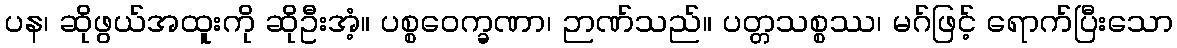
ပန၊ ဆိုဖွယ်အထူးကို ဆိုဦးအံ့။ ပစ္စဝေက္ခဏာ၊ ဉာဏ်သည်။ ပတ္တသစ္စဿ၊ မဂ်ဖြင့် ရောက်ပြီးသော